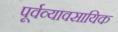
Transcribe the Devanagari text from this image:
पूर्वव्यावसायिक